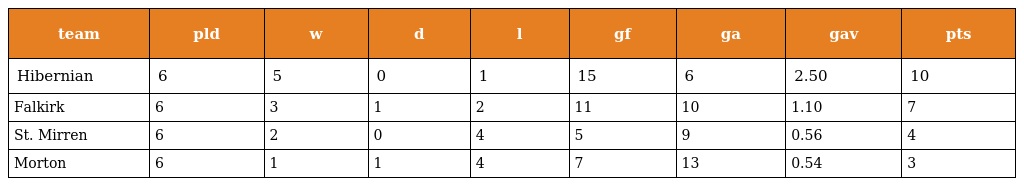
| team | pld | w | d | l | gf | ga | gav | pts |
 | --- | --- | --- | --- | --- | --- | --- | --- | --- |
 | Hibernian | 6 | 5 | 0 | 1 | 15 | 6 | 2.50 | 10 |
 | Falkirk | 6 | 3 | 1 | 2 | 11 | 10 | 1.10 | 7 |
 | St. Mirren | 6 | 2 | 0 | 4 | 5 | 9 | 0.56 | 4 |
 | Morton | 6 | 1 | 1 | 4 | 7 | 13 | 0.54 | 3 |